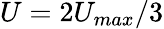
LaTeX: U=2U_{max}/3